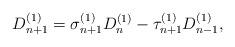
LaTeX: \begin{align*}D_{n+1}^{(1)}=\sigma_{n+1}^{(1)}D_{n}^{(1)}-\tau_{n+1}^{(1)}D_{n-1}^{(1)},\end{align*}